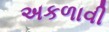
અકળાવી